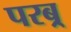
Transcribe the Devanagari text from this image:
परब्र्